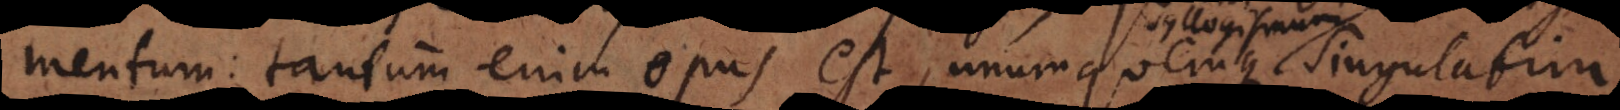
mentum: tantum enim opus est, unumquemque singulatim